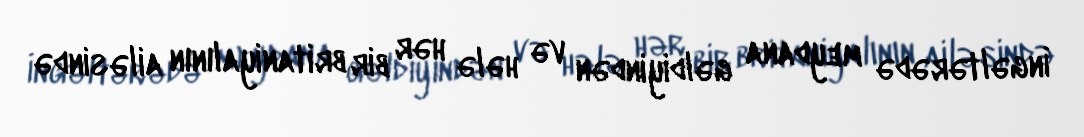
İngəltərədə meydana gəldiyindən və hələ hər bir britaniyalının ailəsində